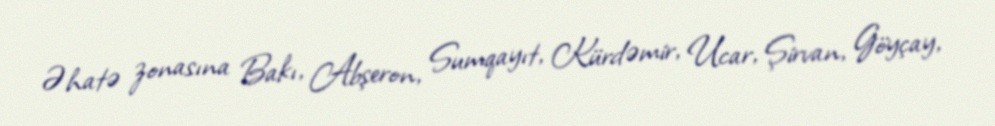
Əhatə zonasına Bakı, Abşeron, Sumqayıt, Kürdəmir, Ucar, Şirvan, Göyçay,